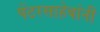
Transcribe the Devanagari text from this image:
पेंटरसाहेबांनी